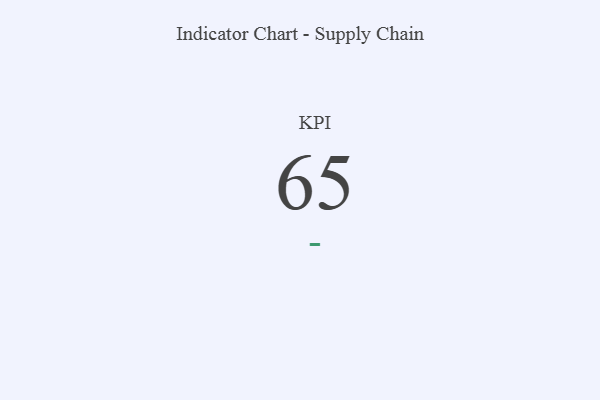
{"axis": {"x": "KPI", "y": "Value"}, "legend": [""], "data": [{"x": "KPI", "y": 65, "type": ""}]}